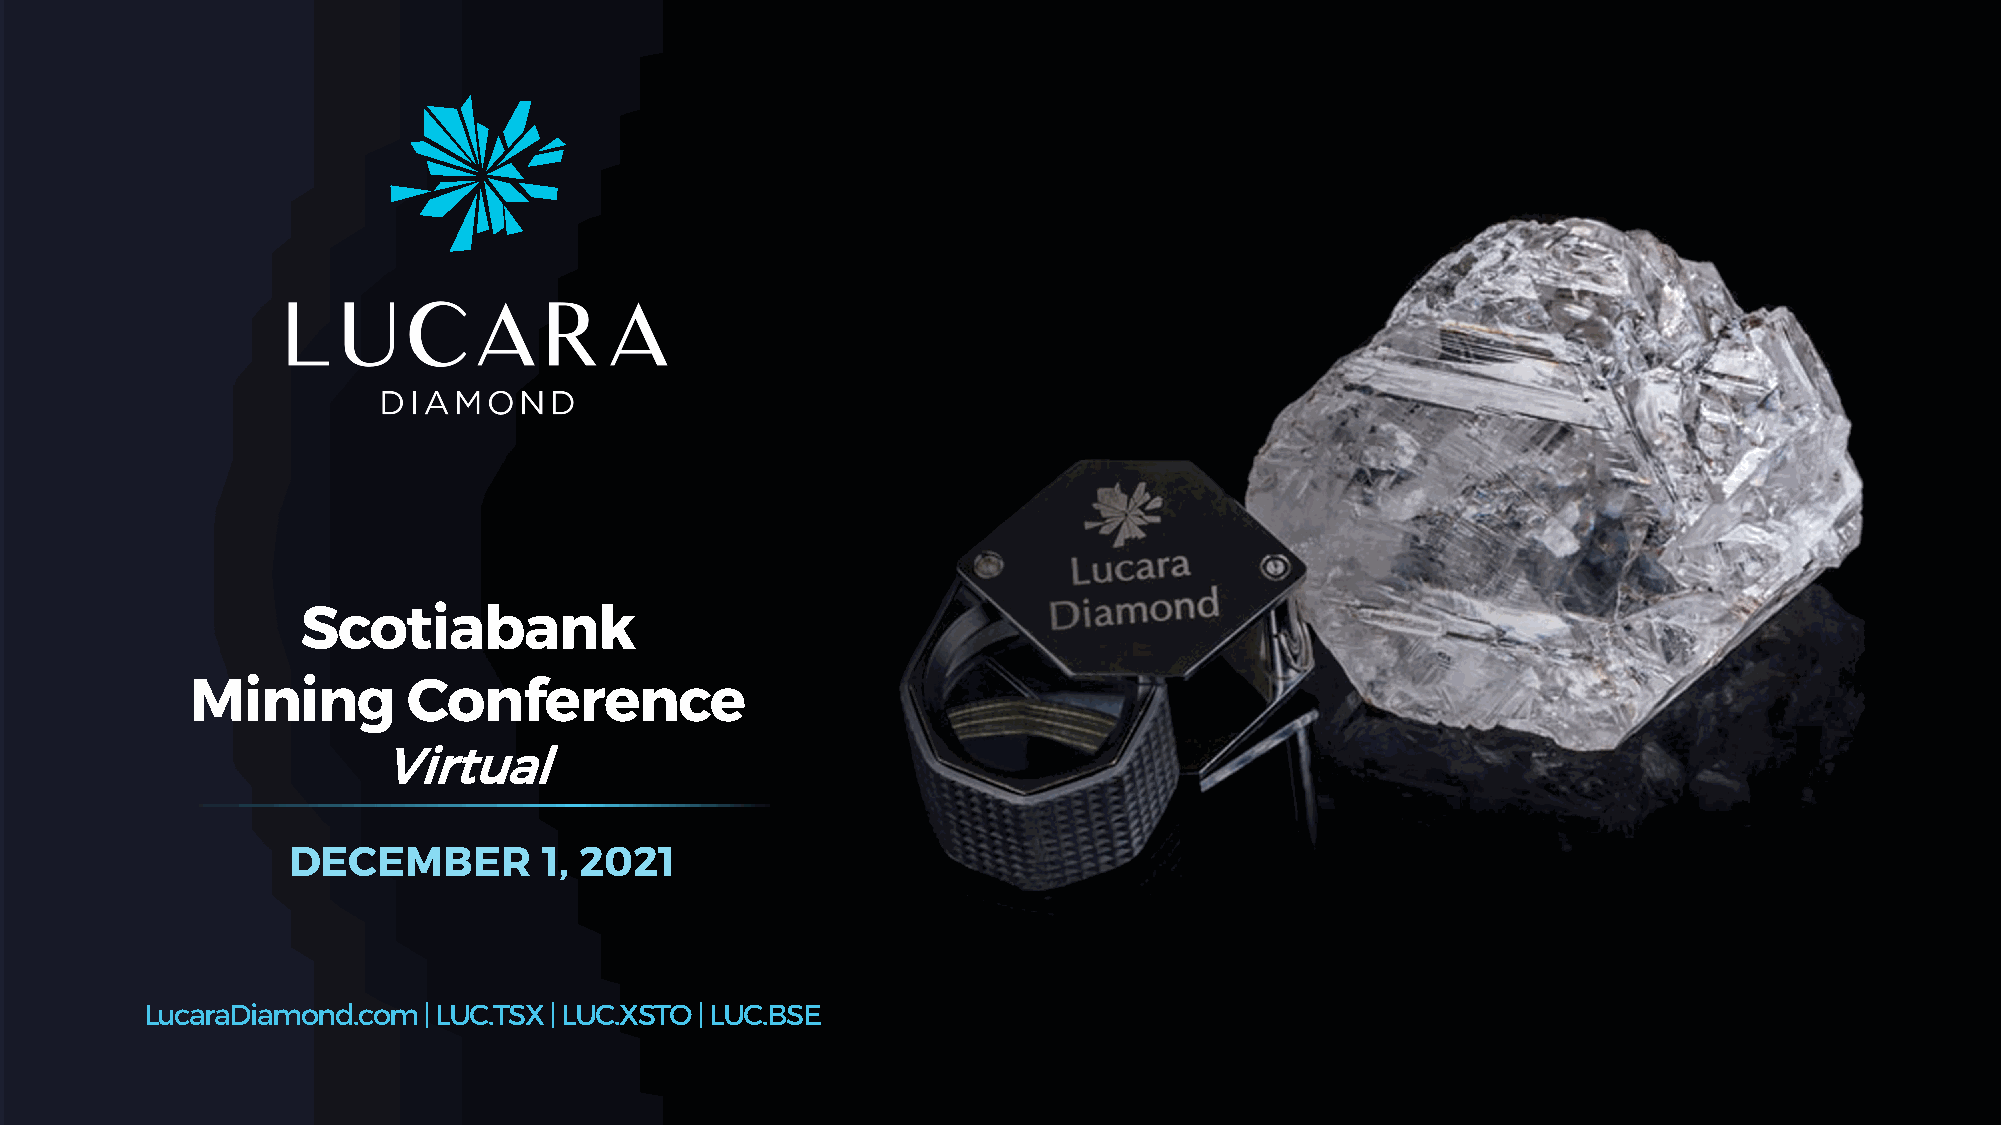
Scotiabank
 Mining        Conference
 Virtual
 DECEMBER         1, 2021
 LucaraDiamond.com | LUC.TSX | LUC.XSTO | LUC.BSE